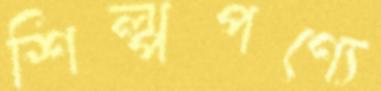
শিল্পপণ্যে